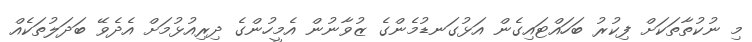
މި ނުކުތާތަކަށް ފިކުރު ބަހައްޓައިގެން އަޅުގަނޑުމެންގެ ޒުވާނުން އެމީހުންގެ ދިރިއުޅުމަށް އެދެވޭ ބަދަލުތަކެއް